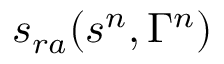
s _ { r a } ( s ^ { n } , \Gamma ^ { n } )